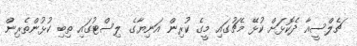
ޗެލްސީއާ ދެކޮޅަށް ކުޅޭ މެޗުގައި މީގެ ކުރިން އަނިޔާގެ ލިސްޓުގައި ތިބި ކުޅުންތެރިން